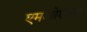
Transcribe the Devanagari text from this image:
एमओएमए